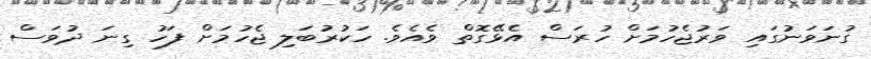
ގުނަވަނުގައި ވަރުޖެހުމަށް ހުރަސް އެޅޭގޮތް ވެއެވެ. ހަކުރުބަލި ޖެހުމަށް ފަހު ގިނަ ދުވަސް